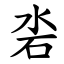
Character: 沯